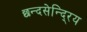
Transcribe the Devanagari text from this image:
छन्दसेन्दि्रय